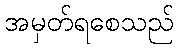
အမှတ်ရစေသည်